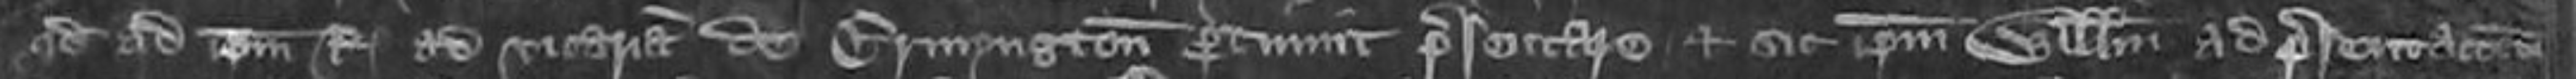
quod ad ipsum Regem ad vicariam de Ermyngton pertinuit presentare et sic ipsum Willelmum ad presentationem